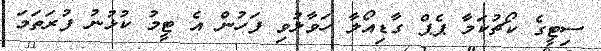
ސިޓީގެ ކޯޗުކަމާ ޕެޕް ގާޑިއޯލާ ހަވާލުވި ފަހުން އެ ޓީމު ކުޅުނު ފުރަތަމަ